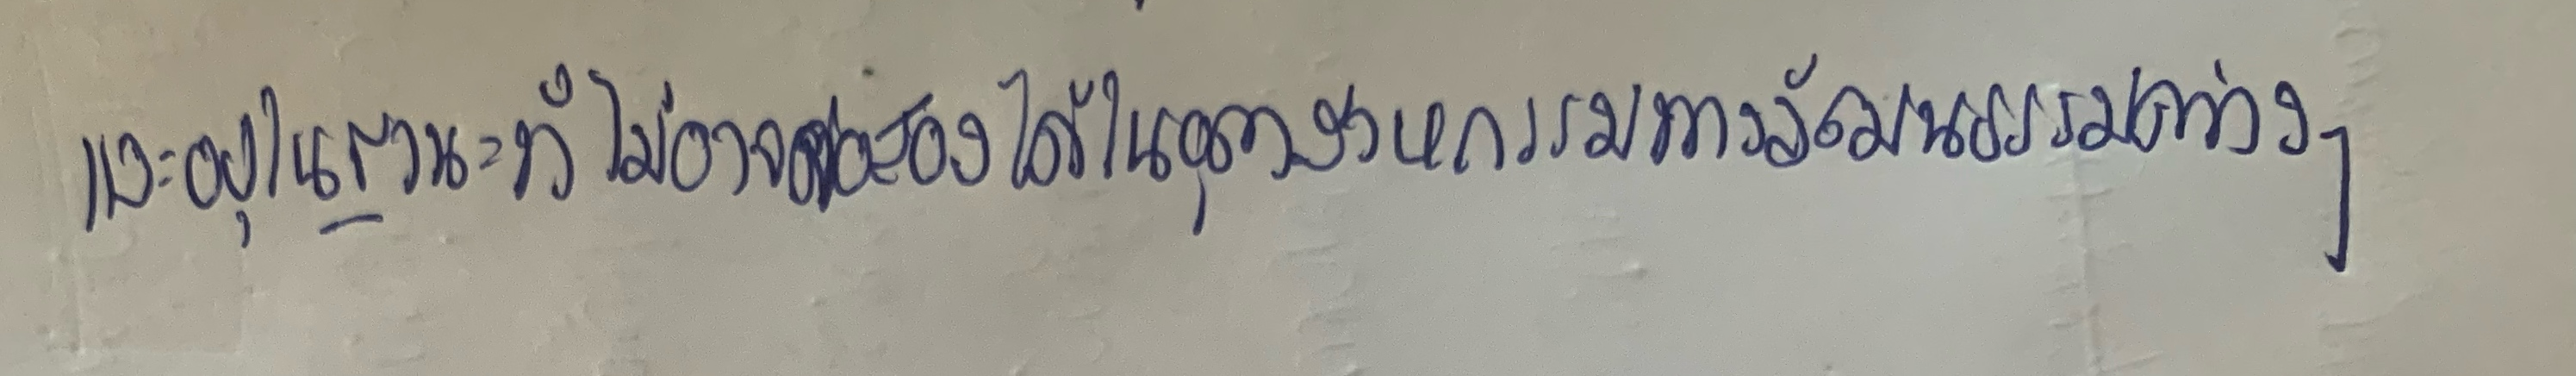
และอยู่ในฐานะที่ไม่อาจต่อรองได้ในอุตสาหกรรมทางวัฒนธรรมต่าง ๆ